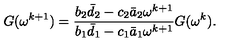
G ( \omega ^ { k + 1 } ) = \frac { b _ { 2 } \bar { d } _ { 2 } - c _ { 2 } \bar { a } _ { 2 } \omega ^ { k + 1 } } { b _ { 1 } \bar { d } _ { 1 } - c _ { 1 } \bar { a } _ { 1 } \omega ^ { k + 1 } } G ( \omega ^ { k } ) .